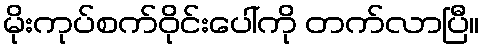
မိုးကုပ်စက်ဝိုင်းပေါ်ကို တက်လာပြီ။